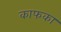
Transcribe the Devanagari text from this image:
काफका